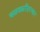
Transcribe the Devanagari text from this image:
चळवळींदरम्यान